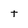
Character: t